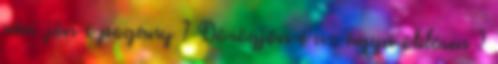
vár: jön-é pogány ? Dörögjön-é az ágyú öblösen ?